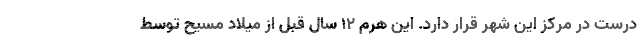
درست در مرکز این شهر قرار دارد. این هرم 12 سال قبل از میلاد مسیح توسط